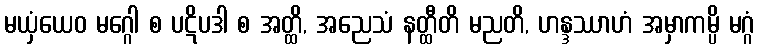
မယှံယေဝ မဂ္ဂေါ စ ပဋိပဒါ စ အတ္ထိ, အညေသံ နတ္ထီတိ မညတိ, ဟန္ဒဿာဟံ အမှာကမ္ပိ မဂ္ဂံ